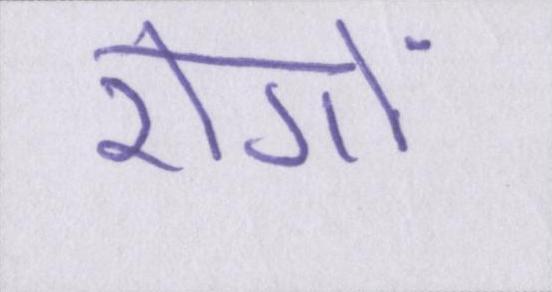
रोगों